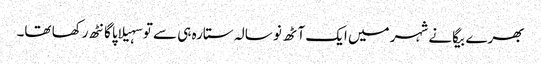
بھرے بیگانے شہر میں ایک آٹھ نو سالہ ستارہ ہی سے تو سہیلاپا گانٹھ رکھا تھا۔